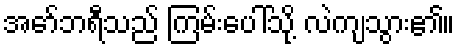
အော်ဘရီသည် ကြမ်းပေါ်သို့ လဲကျသွား၏။